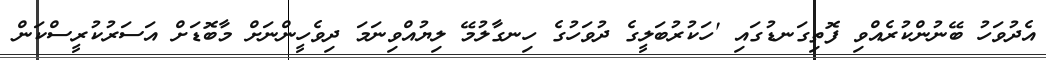
އެދުވަހު ބޭނުންކުރެއްވި ފޮތިގަނޑުގައި 'ހަކުރުބަލީގެ ދުވަހުގެ ހިނގާލުމޭ ލިޔުއްވިނަމަ ދިވެހީންނަށް މާބޮޑަށް އަސަރުކުރީސްކަން